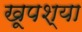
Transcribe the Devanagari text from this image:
खूपश्या